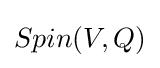
Spin(V,Q)